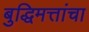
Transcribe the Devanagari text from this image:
बुद्धिमत्तांचा